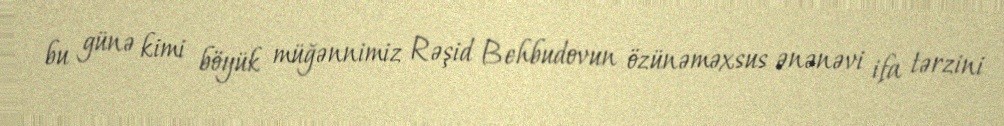
bu günə kimi böyük müğənnimiz Rəşid Behbudovun özünəməxsus ənənəvi ifa tərzini